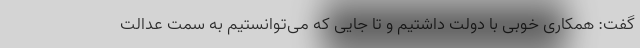
گفت: همکاری خوبی با دولت داشتیم و تا جایی که می‌توانستیم به سمت عدالت